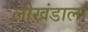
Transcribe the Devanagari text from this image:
लोखंडाला